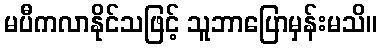
မပီကလာနိုင်သဖြင့် သူဘာပြောမှန်းမသိ။